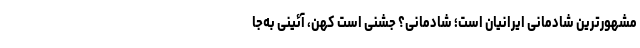
مشهورترین شادمانی ایرانیان است؛ شادمانی؟ جشنی است کهن، ‌آئینی به‌جا